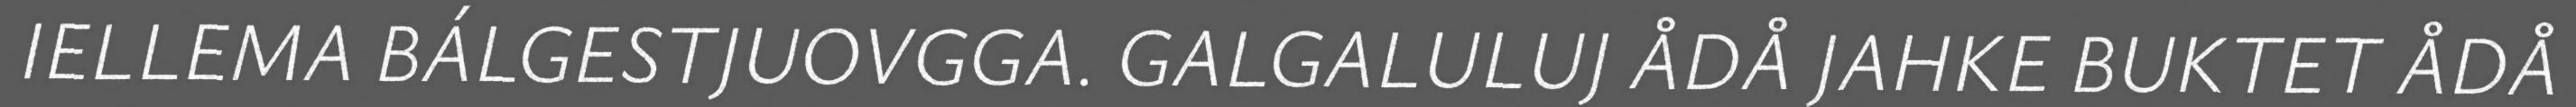
IELLEMA BÁLGESTJUOVGGA. GALGALULUJ ÅDÅ JAHKE BUKTET ÅDÅ